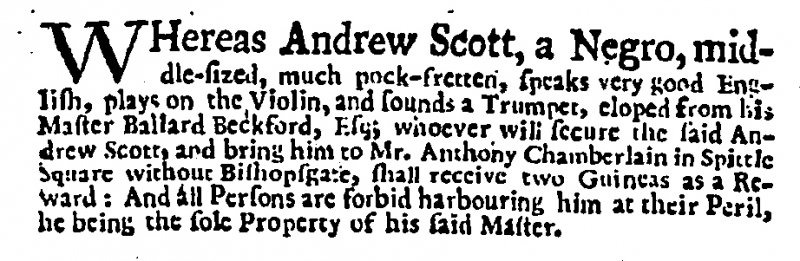
Daily Post, 27 October 1732 (England)
WHereas Andrew Scott, a Negro, middle-sized, much Pock-fretten, speaks very good English, plays on the Violin, and sounds a Trumpet, eloped from his Master Ballard Beckford, Esq; whoever will secure the said Andrew Scott, and bring him to Mr. Anthony Chamberlain in Spittle Square without Bishopgate, shall receive two Guineas as a Reward: And all Persons are forbid harbouring him at their Peril, he being the sole Property of his said Master.